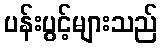
ပန်းပွင့်များသည်